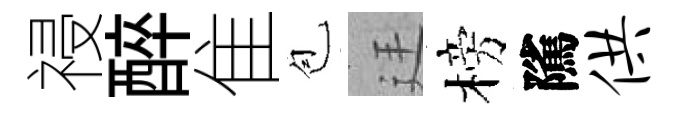
祲醉隹苞廷榜隲供